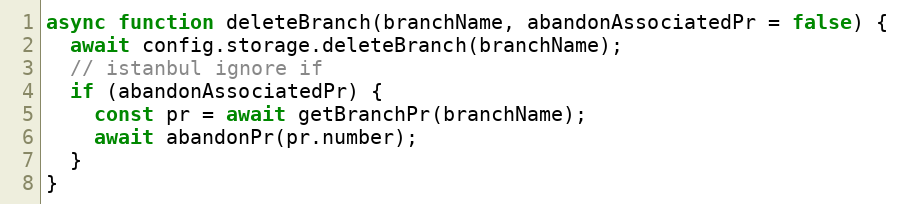
Language: JavaScript
async function deleteBranch(branchName, abandonAssociatedPr = false) {
  await config.storage.deleteBranch(branchName);
  // istanbul ignore if
  if (abandonAssociatedPr) {
    const pr = await getBranchPr(branchName);
    await abandonPr(pr.number);
  }
}